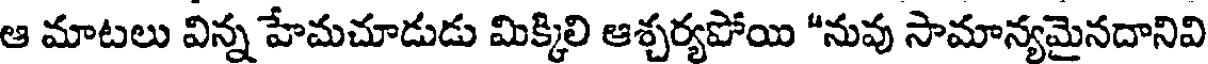
ఆ మాటలు విన్న హేమచూడుడు మిక్కిలి ఆశ్చర్యపోయి "నువు సామాన్యమైనదానివి